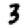
Digit: 3